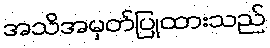
အသိအမှတ်ပြုထားသည်